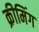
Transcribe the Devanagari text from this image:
क्रीमिंग